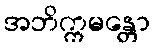
အဘိက္ကမန္တော